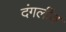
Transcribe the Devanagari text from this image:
दंगलींत